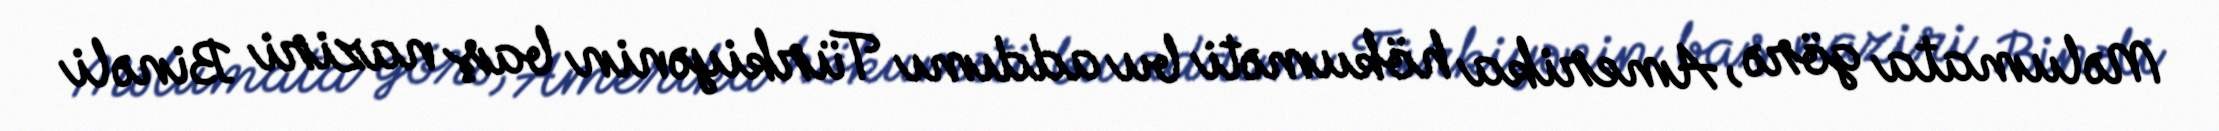
Məlumata görə, Amerika hökuməti bu addımı Türkiyənin baş naziri Binəli